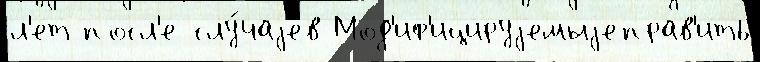
л'ет посл'е слу́чаjев Мод'иф'ицируjемыjеправ'ить